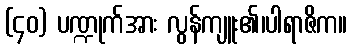
(၄၀) ပဏ္ဍုက်အား လွန်ကျူး၏၊ပါရာဇိက။